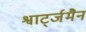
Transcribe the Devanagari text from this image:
श्वार्ट्जमैन